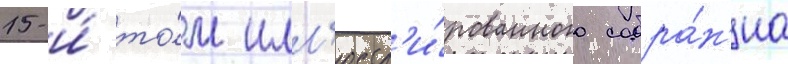
15-и́ то́м илл'юстр'и́рованного собра́н'иа